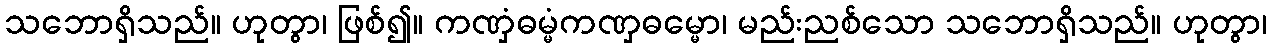
သဘောရှိသည်။ ဟုတွာ၊ ဖြစ်၍။ ကဏှံဓမ္မံကဏှဓမ္မော၊ မည်းညစ်သော သဘောရှိသည်။ ဟုတွာ၊